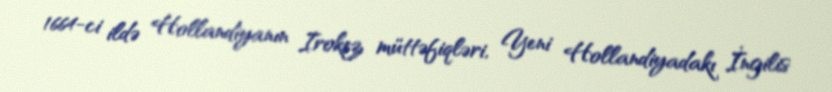
1664-ci ildə Hollandiyanın Irokez müttəfiqləri, Yeni Hollandiyadakı İngilis